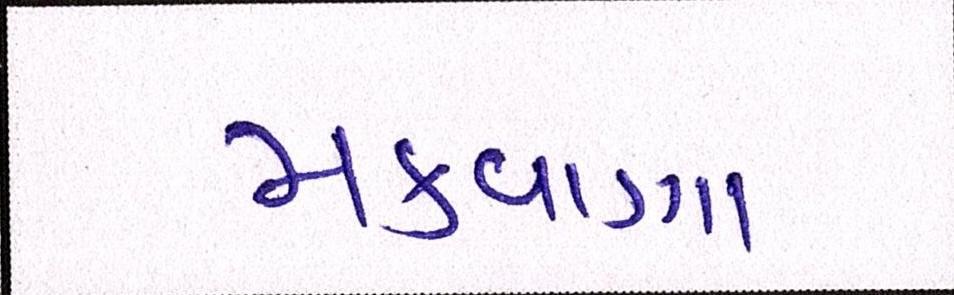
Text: મકવાણા